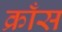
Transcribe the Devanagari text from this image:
क्राँस